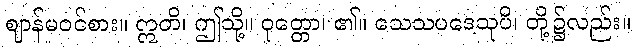
ဈာန်မဝင်စား။ ဣတိ၊ ဤသို့။ ဝုတ္တော၊ ၏။ သေသပဒေသုပိ၊ တို့၌လည်း။